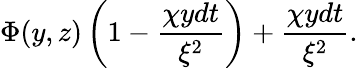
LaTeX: \Phi(y,z)\left(1-{\frac{\chi ydt}{\xi^{2}}}\right)+{\frac{\chi ydt}{\xi^{2}}}.